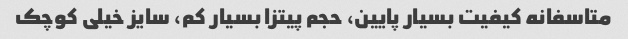
متاسفانه کیفیت بسیار پایین، حجم پیتزا بسیار کم، سایز خیلی کوچک